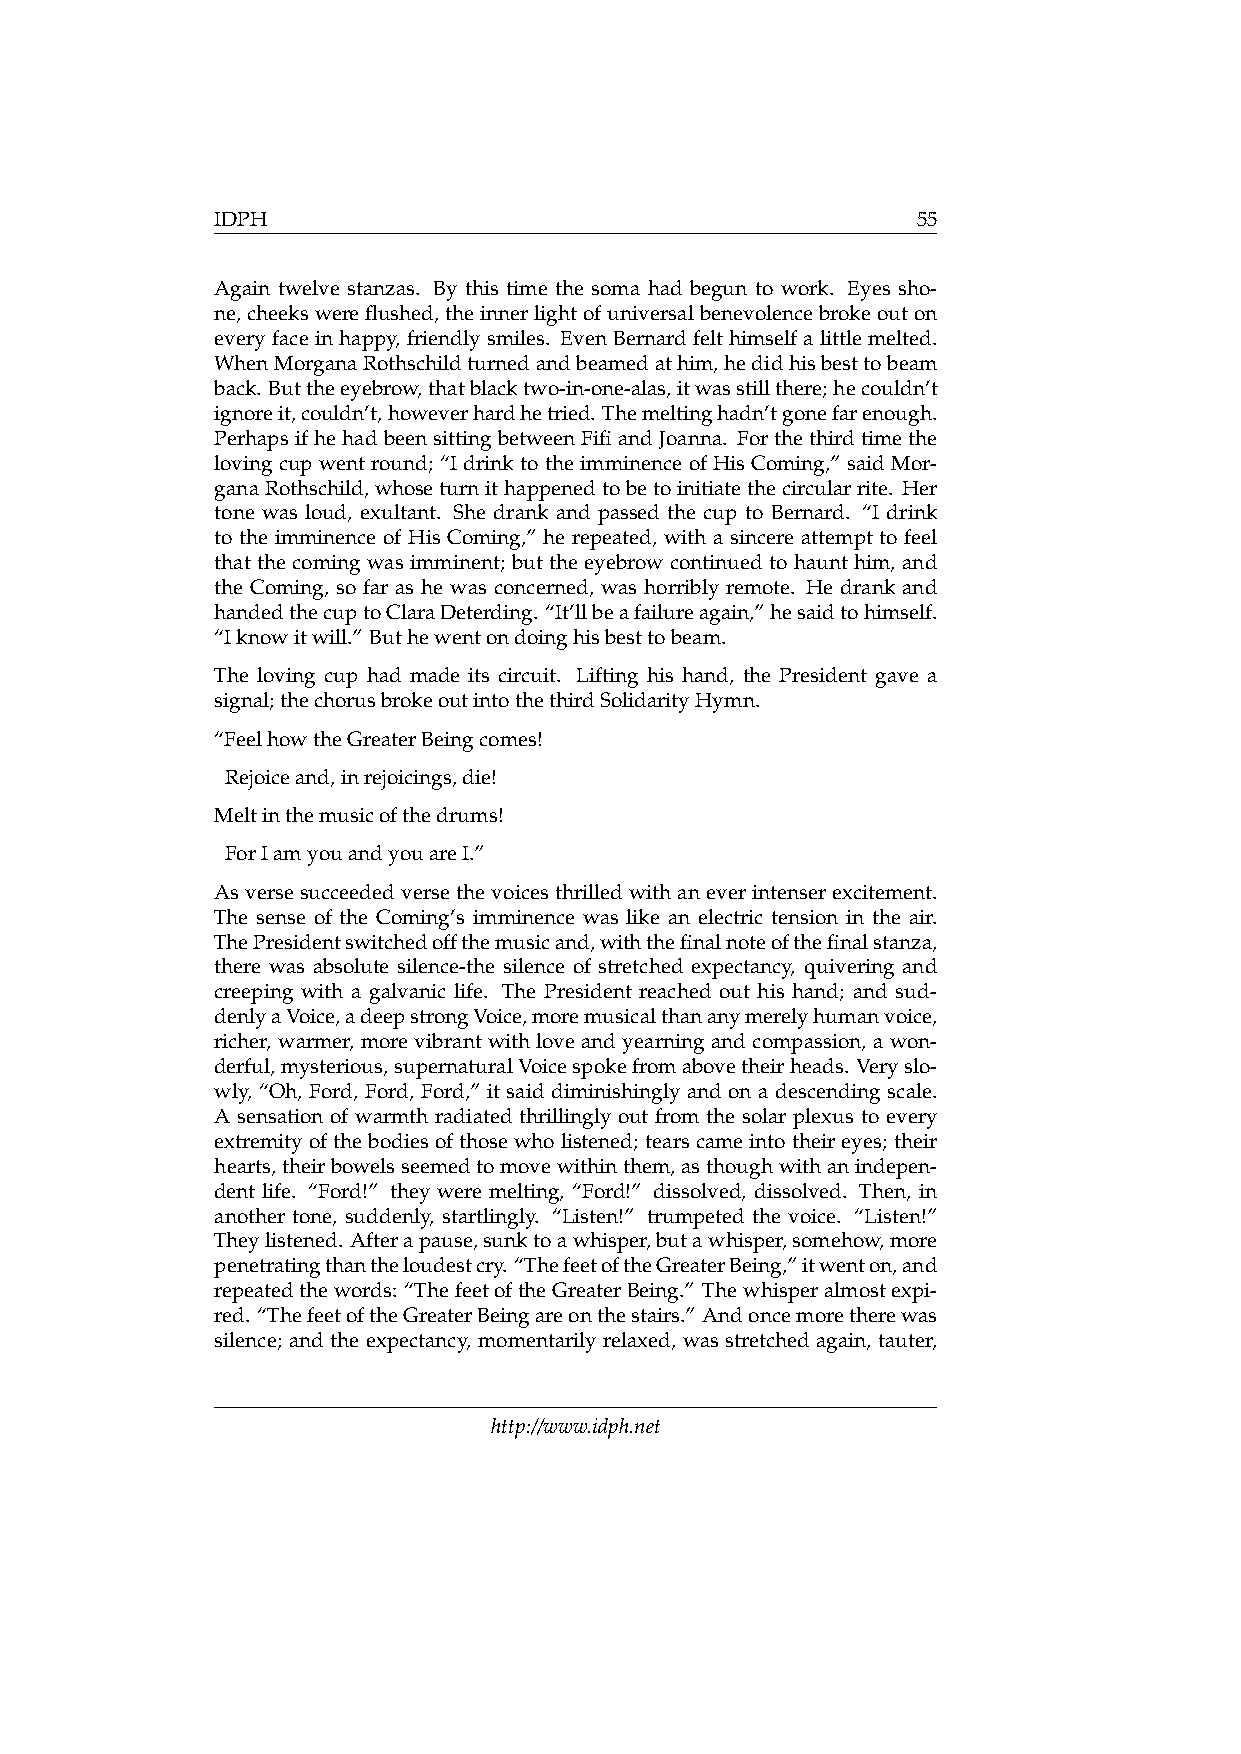
IDPH                                           55
 Again twelve stanzas. By this time the soma had begun to work. Eyes sho-
 ne,cheekswereflushed,theinnerlightofuniversalbenevolencebrokeouton
 every face in happy, friendly smiles. Even Bernard felt himself a little melted.
 WhenMorganaRothschildturnedandbeamedathim,hedidhisbesttobeam
 back. Buttheeyebrow,thatblacktwo-in-one-alas,itwasstillthere;hecouldn’t
 ignoreit,couldn’t,howeverhardhetried. Themeltinghadn’tgonefarenough.
 PerhapsifhehadbeensittingbetweenFifiandJoanna. Forthethirdtimethe
 lovingcupwentround; “IdrinktotheimminenceofHisComing,” saidMor-
 ganaRothschild,whoseturnithappenedtobetoinitiatethecircularrite. Her
 tone was loud, exultant. She drank and passed the cup to Bernard. “I drink
 to the imminence of His Coming,” he repeated, with a sincere attempt to feel
 that the coming was imminent; but the eyebrow continued to haunt him, and
 the Coming, so far as he was concerned, was horribly remote. He drank and
 handedthecuptoClaraDeterding. “It’llbeafailureagain,”hesaidtohimself.
 “Iknowitwill.” Buthewentondoinghisbesttobeam.
 The loving cup had made its circuit. Lifting his hand, the President gave a
 signal;thechorusbrokeoutintothethirdSolidarityHymn.
 “FeelhowtheGreaterBeingcomes!
 Rejoiceand,inrejoicings,die!
 Meltinthemusicofthedrums!
 ForIamyouandyouareI.”
 Asversesucceededversethevoicesthrilledwithaneverintenserexcitement.
 The sense of the Coming’s imminence was like an electric tension in the air.
 ThePresidentswitchedoffthemusicand,withthefinalnoteofthefinalstanza,
 there was absolute silence-the silence of stretched expectancy, quivering and
 creeping with a galvanic life. The President reached out his hand; and sud-
 denlyaVoice,adeepstrongVoice,moremusicalthananymerelyhumanvoice,
 richer, warmer, morevibrantwithloveandyearning andcompassion, awon-
 derful,mysterious,supernaturalVoicespokefromabovetheirheads. Veryslo-
 wly, “Oh, Ford, Ford, Ford,” it said diminishingly and on a descending scale.
 A sensation of warmth radiated thrillingly out from the solar plexus to every
 extremityofthebodiesofthosewholistened; tearscameintotheireyes; their
 hearts,theirbowelsseemedtomovewithinthem,asthoughwithanindepen-
 dent life. “Ford!” they were melting, “Ford!” dissolved, dissolved. Then, in
 another tone, suddenly, startlingly. “Listen!” trumpeted the voice. “Listen!”
 Theylistened. Afterapause,sunktoawhisper,butawhisper,somehow,more
 penetratingthantheloudestcry.“ThefeetoftheGreaterBeing,”itwenton,and
 repeatedthewords: “ThefeetoftheGreaterBeing.” Thewhisperalmostexpi-
 red. “ThefeetoftheGreaterBeingareonthestairs.” Andoncemoretherewas
 silence; and the expectancy, momentarily relaxed, was stretched again, tauter,
 http://www.idph.net